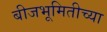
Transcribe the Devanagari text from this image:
बीजभूमितीच्या